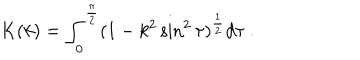
K ( k ) = \int _ { 0 } ^ { \frac { \pi } { 2 } } ( 1 - k ^ { 2 } \sin ^ { 2 } \tau ) ^ { \frac { 1 } { 2 } } d \tau \ .